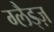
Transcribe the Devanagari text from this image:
ग्लैड्ज़